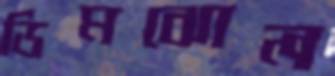
ডিমঝোল